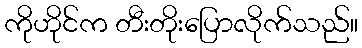
ကိုဟိုင်က တီးတိုးပြောလိုက်သည်။